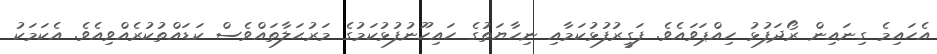
އެހައިމެ ގިނައިން ރޯދަފުޅު ހިއްޕަވައެވެ. ފަގީރުފުޅުކަމާއި ނިހާޔަތުގެ ހައިހޫނުފުޅުކަމުގެ މަރުޙަލާތައްވެސް ކަޑައްތުކުރެއްވިއެވެ. އެކަމަކު